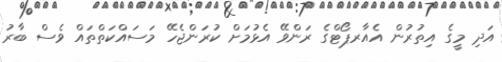
އަދި މީގެ އިތުރުން އެއާރޕޯޓްގެ ރަންވޭ އެޅުމަށް ކުރަންޖެހޭ މަސައްކަތްތައް ވެސް ބާރު